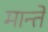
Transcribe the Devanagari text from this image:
मान्ते